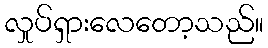
လှုပ်ရှားလေတော့သည်။